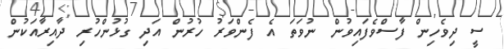
ސީ ދިވެހިން ފާސްވެފައިވުން ނުވަތަ އެ ފެންވަރު ހުރުން އަދި ގުޅުންހުރި ދާއިރާއަކުން